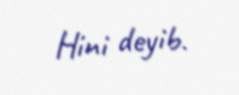
Hini deyib.